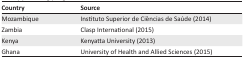
<table><thead><tr><td><b>Country</b></td><td><b>Source</b></td></tr></thead><tbody><tr><td>Mozambique</td><td>Instituto Superior de Ciências de Saúde (2014)</td></tr><tr><td>Zambia</td><td>Clasp International (2015)</td></tr><tr><td>Kenya</td><td>Kenyatta University (2013)</td></tr><tr><td>Ghana</td><td>University of Health and Allied Sciences (2015)</td></tr></tbody></table>